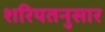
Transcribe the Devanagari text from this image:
शरियतनुसार